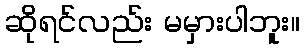
ဆိုရင်လည်း မမှားပါဘူး။